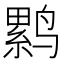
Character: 𲎃